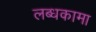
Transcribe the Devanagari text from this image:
लब्धकामा